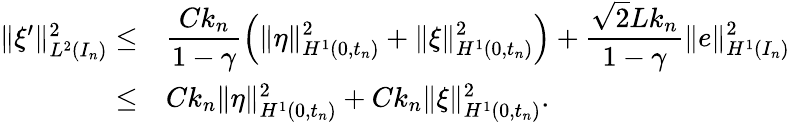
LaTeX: \begin{array}{r}{\begin{array}{rl}{\| \xi^{\prime}\| _{L^{2}(I_{n})}^{2}\le}&{\displaystyle\frac{Ck_{n}}{1-\gamma}\left(\| \eta\| _{H^{1}(0,t_{n})}^{2}+\| \xi\| _{H^{1}(0,t_{n})}^{2}\right)+\displaystyle\frac{\sqrt{2}Lk_{n}}{1-\gamma}\| e\| _{H^{1}(I_{n})}^{2}}\\ {\le}&{Ck_{n}\| \eta\| _{H^{1}(0,t_{n})}^{2}+Ck_{n}\| \xi\| _{H^{1}(0,t_{n})}^{2}.}\end{array}}\end{array}